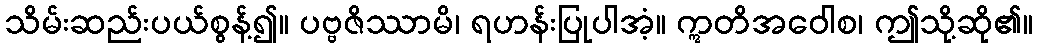
သိမ်းဆည်းပယ်စွန့်၍။ ပဗ္ဗဇိဿာမိ၊ ရဟန်းပြုပါအံ့။ ဣတိအဝေါစ၊ ဤသို့ဆို၏။